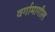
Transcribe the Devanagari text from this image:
वर्गामागील